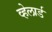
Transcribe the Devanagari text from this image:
व्हेलार्ड